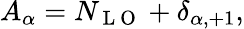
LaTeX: A_{\alpha}=N_{\mathrm{~L~O~}}+\delta_{\alpha,+1},